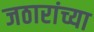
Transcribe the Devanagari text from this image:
जठारांच्या